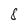
Character: 8